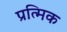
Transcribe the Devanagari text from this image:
प्रत्मिक